Report on the working of the mental hospitals for Indians in Bihar and Orissa - 1925-1929
Year: 1925
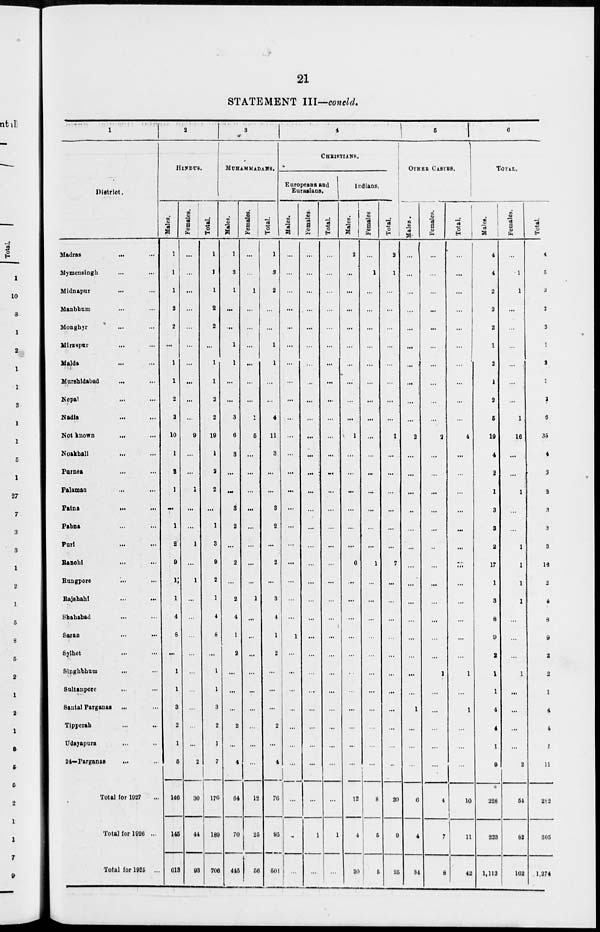
21
STATEMENT III—concld.
1
District.
Madras ... ...
Mymensingh ... ...
Midnapur ... ...
Manbhum ... ...
Monghyr ... ...
Mirzapur ... ...
Malda ... ...
Murshidabad ... ...
Nepal ... ...
Nadia ... ...
Not known ... ...
Noakhali ... ...
Purnea ... ...
Palamau ... ...
Patna
... ...
Pabna ... ...
Puri ... ...
Ranchi ... ...
Rungpore
... ...
Rajshahi
...
...
Shahabad ... ...
Saran ... ...
Sylhet ... ...
Singhbhum ... ...
Sultanpore ... ...
Santal Parganas ... ...
Tipperah ... ...
Udayapura
...
...
24—Parganas ... ...
Total for 1927 ...
Total for 1926 ...
Total for 1925 ...
2
HINDUS.
Males.
1
1
1
2
2
...
1
1
2
2
10
1
2
1
...
1
2
9
1
1
4
8
...
1
1
3
2
1
5
146
145
613
Females.
...
...
...
...
...
...
...
...
...
...
9
...
...
1
...
...
1
...
1
...
...
...
...
...
...
...
...
...
2
30
44
93
Total.
1
1
1
2
2
...
1
1
2
2
19
1
2
2
...
1
3
9
2
1
4
8
...
1
1
3
2
1
7
176
189
706
3
MUHAMMADANS.
Males.
1
3
1
...
...
1
1
...
...
3
6
3
...
...
3
2
...
2
...
2
4
1
2
...
...
...
2
...
4
64
70
445
Females.
...
...
1
...
...
...
...
...
...
1
5
...
...
...
...
...
...
...
...
1
...
...
...
...
...
...
...
...
...
12
25
56
Total.
1
3
2
...
...
1
1
...
...
4
11
3
...
...
3
2
...
2
...
3
4
1
2
...
...
...
2
...
4
76
95
501
4
CHRISTIANS.
Europeans and
Eurasians.
Males.
...
...
...
...
...
...
...
...
...
...
...
...
...
...
...
...
...
...
...
...
...
1
...
...
...
...
...
...
...
...
...
...
Females.
...
...
...
...
...
...
...
...
...
...
...
...
...
...
...
...
...
...
...
...
...
...
...
...
...
...
...
...
...
...
1
...
Total.
...
...
...
...
...
...
...
...
...
...
...
...
...
...
...
...
...
...
...
...
...
...
...
...
...
...
...
...
...
...
1
...
Indians.
Males.
2
...
...
...
...
...
...
...
...
...
1
...
...
...
...
...
...
6
...
...
...
...
...
...
...
...
...
...
...
12
4
20
Females.
...
1
...
...
...
...
...
...
...
...
...
...
...
...
...
...
...
1
...
...
...
...
...
...
...
...
...
...
...
8
5
5
Total.
2
1
...
...
...
...
...
...
...
...
1
...
...
...
...
...
...
7
...
...
...
...
...
...
...
...
...
...
...
20
9
25
5
OTHER CASTES.
Males.
...
...
...
...
...
...
...
...
...
...
2
...
...
...
...
...
...
...
...
...
...
...
...
...
...
1
...
...
...
6
4
34
Females.
...
...
...
...
...
...
...
...
...
...
2
...
...
...
...
...
...
...
...
...
...
...
...
1
...
...
...
...
...
4
7
8
Total.
...
...
...
...
...
...
...
...
...
...
4
...
...
...
...
...
...
...
...
...
...
...
...
1
...
1
...
...
...
10
11
42
6
TOTAL.
Males.
4
4
2
2
2
1
2
1
2
5
19
4
2
1
3
3
2
17
1
3
8
9
2
1
1
4
4
1
9
228
223
1,112
Females.
...
1
1
...
...
...
...
...
...
1
16
...
...
1
...
...
1
1
1
1
...
...
...
1
...
...
...
...
2
54
82
162
Total.
4
5
3
2
2
1
2
1
2
6
35
4
2
2
3
3
3
18
2
4
8
9
2
2
1
4
4
1
11
282
305
1,274